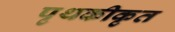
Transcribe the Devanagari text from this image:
पृथकीकृत